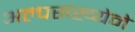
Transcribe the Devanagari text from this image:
अल्पसंख्येने